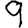
Digit: 9